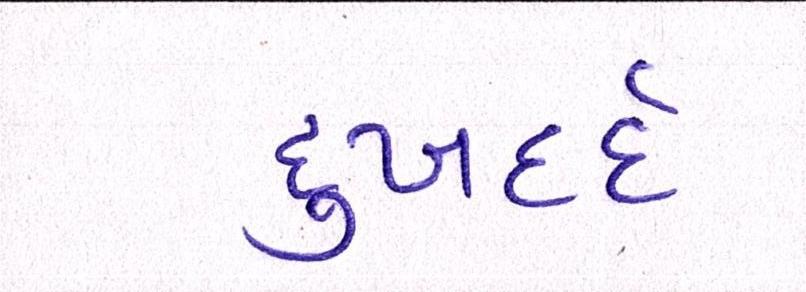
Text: દુઃખદર્દ